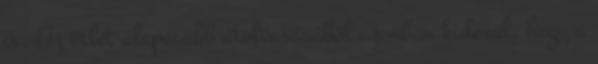
is. Az ötlet alaposabb átolvasásából azonban kiderül, hogy a